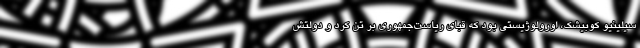
سیلینیو کوبیشک، اورولوژیستی بود که قبای ریاست‌جمهوری بر تن کرد و دولتش